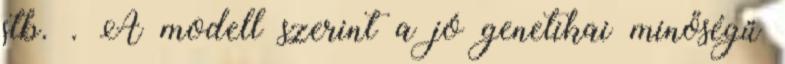
stb. . A modell szerint a jó genetikai minőségű